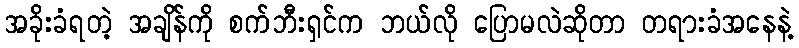
အခိုးခံရတဲ့ အချိန်ကို စက်ဘီးရှင်က ဘယ်လို ပြောမလဲဆိုတာ တရားခံအနေနဲ့